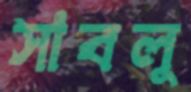
সাবলু